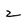
Character: 2